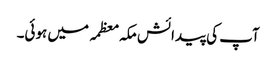
آپ کی پیدائش مکہ معظمہ میں ہوئی۔